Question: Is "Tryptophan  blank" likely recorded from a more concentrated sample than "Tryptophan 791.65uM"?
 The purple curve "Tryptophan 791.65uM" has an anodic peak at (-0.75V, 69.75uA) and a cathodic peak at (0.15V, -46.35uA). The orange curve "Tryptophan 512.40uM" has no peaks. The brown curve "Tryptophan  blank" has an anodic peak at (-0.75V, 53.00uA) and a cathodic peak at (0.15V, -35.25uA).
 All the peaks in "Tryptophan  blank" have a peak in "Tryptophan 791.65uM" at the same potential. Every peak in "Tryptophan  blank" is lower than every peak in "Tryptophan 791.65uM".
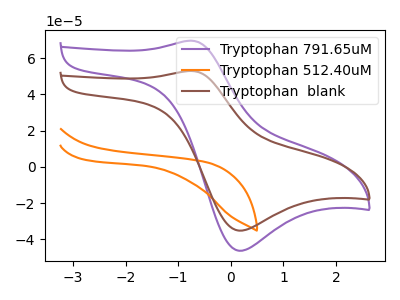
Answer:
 <answer>"Tryptophan  blank" has less signal than "Tryptophan 791.65uM".</answer>
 <eval>less_signal</eval>